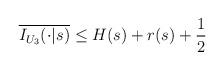
LaTeX: \begin{align*}\overline{I_{U_3}(\cdot|s)}\leq H(s)+r(s)+\frac{1}{2}\end{align*}